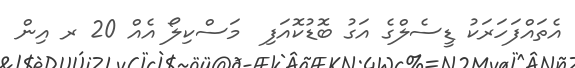
އެތައްފަހަރަކު ޑީސެލްގެ އަގު ބޮޑުކޮއަފި  މަސްކިލޯ އެއް 20 ރ އިން